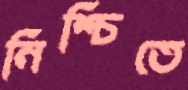
নিশ্চিতে